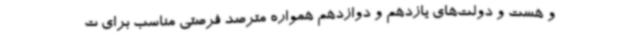
و هست و دولت‌های یازدهم و دوازدهم همواره مترصد فرصتی مناسب برای ت